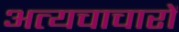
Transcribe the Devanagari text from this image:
अत्यचाचारों